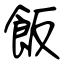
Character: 飯